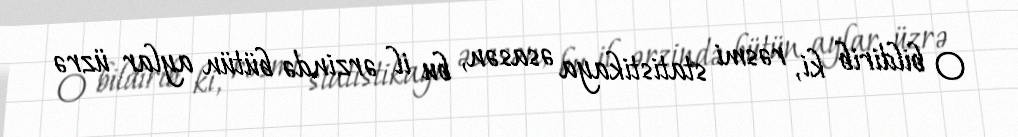
O bildirib ki, rəsmi statistikaya əsasən, bu il ərzində bütün aylar üzrə